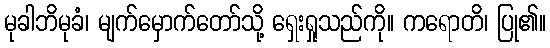
မုခါဘိမုခံ၊ မျက်မှောက်တော်သို့ ရှေးရှုသည်ကို။ ကရောတိ၊ ပြု၏။